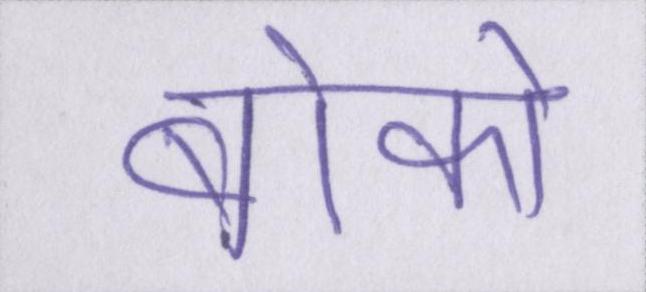
बोको